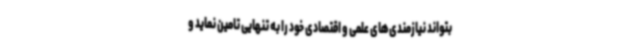
بتواند نیازمندی‌های علمی و اقتصادی خود را به تنهایی تامین نماید و